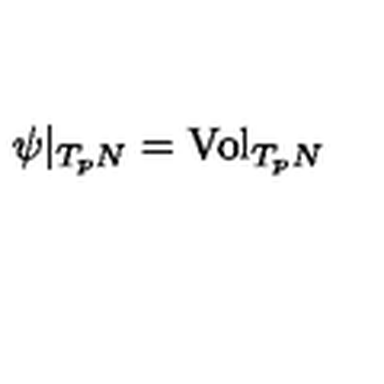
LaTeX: \psi | _ { T _ { p } N } = \mathrm { V o l } _ { T _ { p } N }